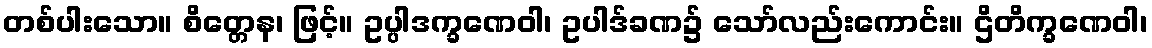
တစ်ပါးသော။ စိတ္တေန၊ ဖြင့်။ ဥပ္ပါဒက္ခဏေဝါ၊ ဥပါဒ်ခဏ၌ သော်လည်းကောင်း။ ဌိတိက္ခဏေဝါ၊